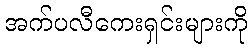
အက်ပလီကေးရှင်းများကို